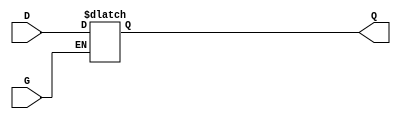
module GatedTransparentLatch (
    input wire D,      // Data input
    input wire G,      // Enable signal
    output reg Q       // Output
);

// Always block that is sensitive to the enable signal
always @(*) begin
    if (G) begin
        Q = D;        // When G is high, output follows input
    end else begin
        // When G is low, hold the last value of Q (no change)
        Q = Q;        // Retain the last value
    end
end

endmodule